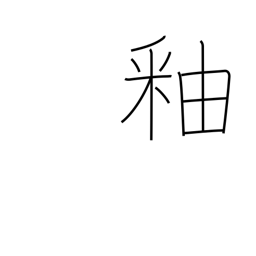
Meaning: glaze